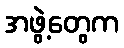
အဖွဲ့တွေက